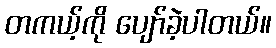
တကယ့်ကို ပျော်ခဲ့ပါတယ်။